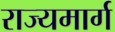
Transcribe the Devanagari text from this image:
राज्‍यमार्ग